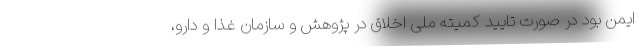
ایمن بود در صورت تایید کمیته ملی اخلاق در پژوهش و سازمان غذا و دارو،